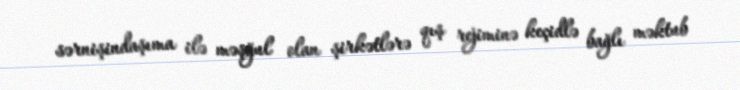
sərnişindaşıma ilə məşğul olan şirkətlərə qış rejiminə keçidlə bağlı məktub